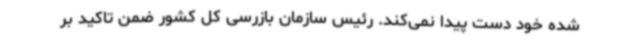
شده خود دست پیدا نمی‌کند. رئیس سازمان بازرسی کل کشور ضمن تاکید بر